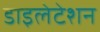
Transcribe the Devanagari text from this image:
डाइलेटेशन